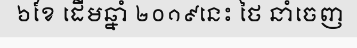
៦ខែ ដើមឆ្នាំ ២០១៩នេះ ថៃ នាំចេញ